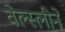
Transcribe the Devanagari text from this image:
वेल्स्लीने